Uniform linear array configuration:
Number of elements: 8
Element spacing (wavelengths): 0.75
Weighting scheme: exponential
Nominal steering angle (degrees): -45
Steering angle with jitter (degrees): -45.05
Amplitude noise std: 0.05
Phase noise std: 0.05

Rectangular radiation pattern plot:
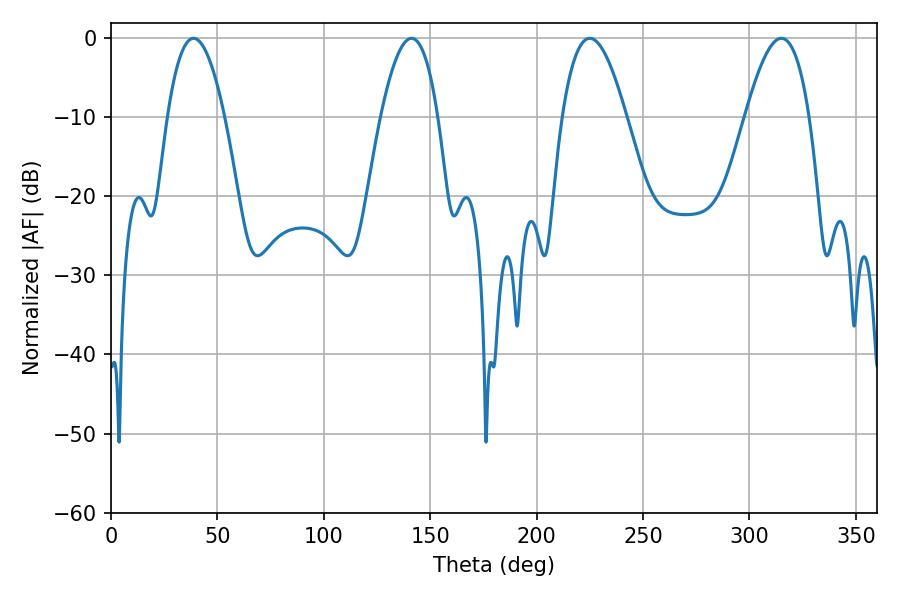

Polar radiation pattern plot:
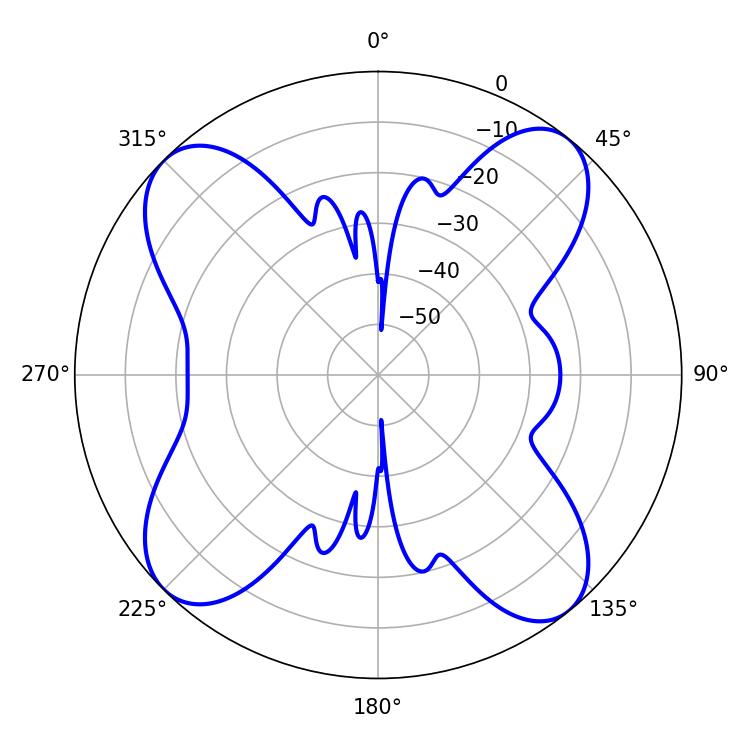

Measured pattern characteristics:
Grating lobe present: TRUE
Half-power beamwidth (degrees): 16.38
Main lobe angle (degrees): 225